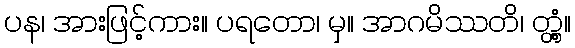
ပန၊ အားဖြင့်ကား။ ပရတော၊ မှ။ အာဂမိဿတိ၊ တ္တံ့။